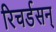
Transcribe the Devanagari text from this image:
रिचर्डसन्